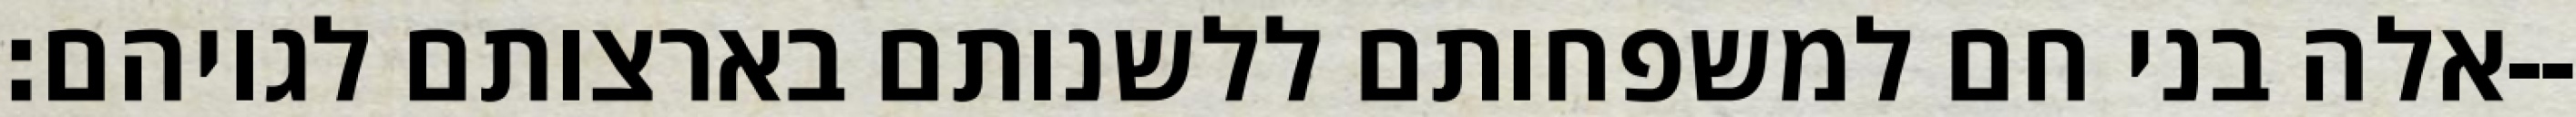
אלה בני חם למשפחותם ללשנותם בארצותם לגויהם׃--